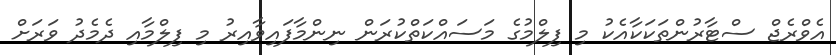
އެވްރެޖް ސްޓާރުންތަކަކާއެކު މި ފިލްމުގެ މަސައްކަތްކުރަން ނިންމާފައިވާއިރު މި ފިލްމާއި ދެމެދު ވަރަށް